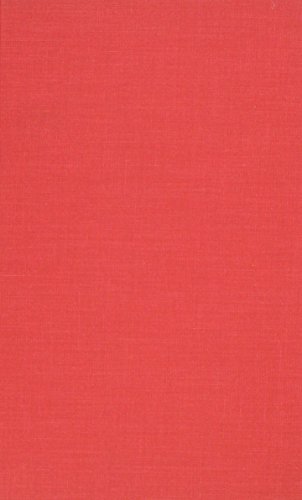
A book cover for The Silver Chalice; Thomas B. Costain; Christian Books & Bibles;